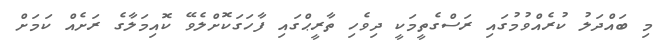
މި ބައްދަލު ކުރެއްވުމުގައި ރަސްގެތީމަކީ ދިވެހި ތާރީޙްގައި ފާހަގަކޮށްލެވޭ ކޮއިމަލާގެ ރަށެއް ކަމަށް